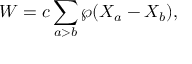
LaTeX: W = c \sum _ { a > b } \wp ( X _ { a } - X _ { b } ) ,